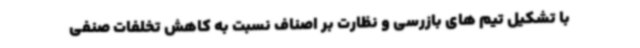
با تشکیل تیم های بازرسی و نظارت بر اصناف نسبت به کاهش تخلفات صنفی